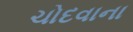
ચોદવાના